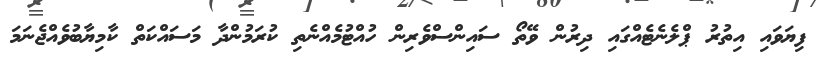
ފިޔަވައި އިތުރު ޕްލެނެޓެއްގައި ދިރުން ވޭތޯ ސައިންސްވެރިން ހުއްޓުމެއްނެތި ކުރަމުންދާ މަސައްކަތް ކާމިޔާބުވެއްޖެނަމަ